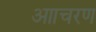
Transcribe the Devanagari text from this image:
आाचरण